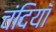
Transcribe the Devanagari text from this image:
चंदियाँ